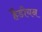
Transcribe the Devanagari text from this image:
हैडीयन